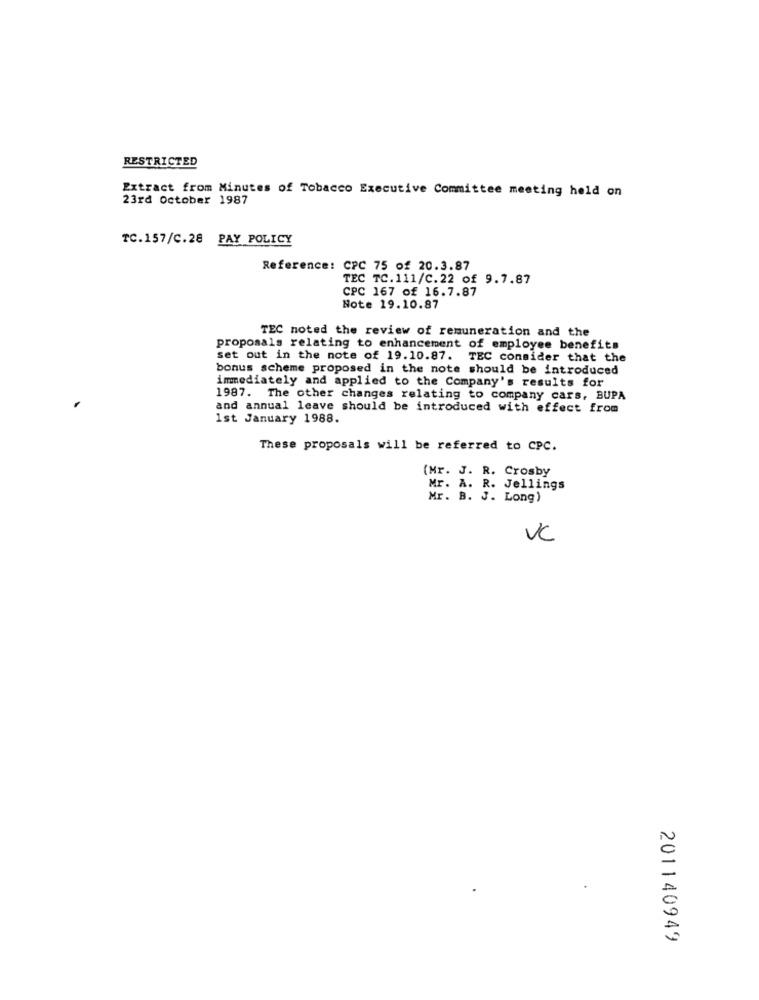
RESTRICTED
Extract from Minutes of Tobacco Executive Committee meeting held on
23rd October 1987
TC.157/C.28 PAY POLICY
Reference: CPC 75 of 20.3.87
TEC TC. 111/C.22 of 9.7.87
CPC 167 of 16.7.87
Note 19.10.87
TEC noted the review of remuneration and the
proposals relating to enhancement of employee benefits
set out in the note of 19.10.87. TEC consider that the
bonus scheme proposed in the note should be introduced
immediately and applied to the Company's results for
1987. The other changes relating to company cars, BUPA
and annual leave should be introduced with effect from
1st January 1988.
These proposals will be referred to CPC.
(Mr. J. R. Crosby
Mr. A. R. Jellings
Mr. B. J. Long)
VC
201140949